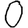
Digit: 0